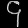
Digit: ၄